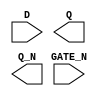
module sky130_fd_sc_hs__dlxbn (
    //# {{data|Data Signals}}
    input  D     ,
    output Q     ,
    output Q_N   ,

    //# {{clocks|Clocking}}
    input  GATE_N
);

    // Voltage supply signals
    supply1 VPWR;
    supply0 VGND;

endmodule